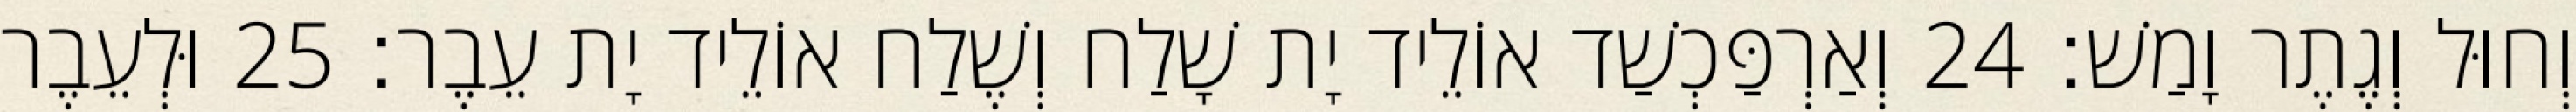
וְחוּל וְגֶתֶר וָמַשׁ׃ 24 וְאַרְפַּכְשַׁד אוֹלֵיד יָת שָׁלַח וְשֶׁלַח אוֹלֵיד יָת עֵבֶר׃ 25 וּלְעֵבֶר